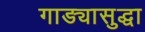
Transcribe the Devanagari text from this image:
गाड्यासुद्धा